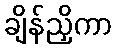
ချိန်ညှိကာ